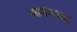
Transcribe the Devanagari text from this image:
आभासता